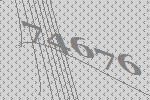
74676